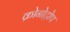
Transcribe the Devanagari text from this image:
क्रोनोट्रोप